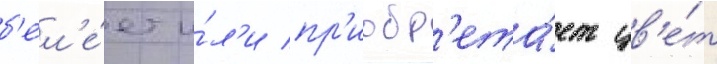
б'ел'е́ет и́л'и пр'иобр'ета́ет цв'е́т